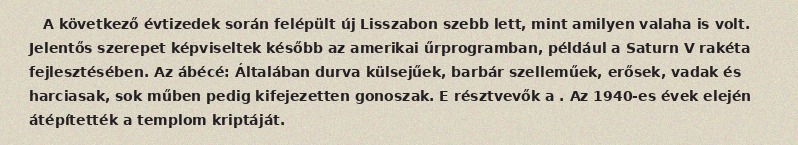
A következő évtizedek során felépült új Lisszabon szebb lett, mint amilyen valaha is volt. Jelentős szerepet képviseltek később az amerikai űrprogramban, például a Saturn V rakéta fejlesztésében. Az ábécé: Általában durva külsejűek, barbár szelleműek, erősek, vadak és harciasak, sok műben pedig kifejezetten gonoszak. E résztvevők a . Az 1940-es évek elején átépítették a templom kriptáját.